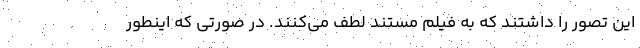
این تصور را داشتند که به فیلم مستند لطف می‌کنند. در صورتی که اینطور